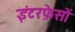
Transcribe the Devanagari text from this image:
इंटरफ़ेसों